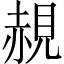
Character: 䚂